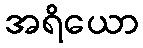
အရိယော